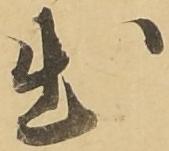
出